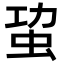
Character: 𮓾